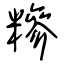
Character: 糝